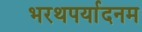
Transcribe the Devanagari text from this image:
भरथपर्यादनम